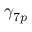
\gamma _ { 7 p }